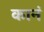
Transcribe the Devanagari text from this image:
कानं